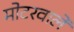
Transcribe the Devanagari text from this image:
मोटरवाले